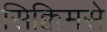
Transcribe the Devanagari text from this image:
सिक्किमसे